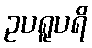
ဥပရူပရိ